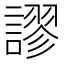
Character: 謬